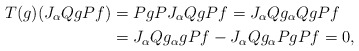
\begin{align*} T(g)(J_{\alpha}QgPf)&=PgPJ_{\alpha}QgPf =J_{\alpha}Qg_{\alpha}QgPf\\ &=J_{\alpha}Qg_{\alpha}gPf-J_{\alpha}Qg_{\alpha}PgPf=0,\end{align*}